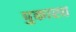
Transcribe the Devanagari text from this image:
पुकारत